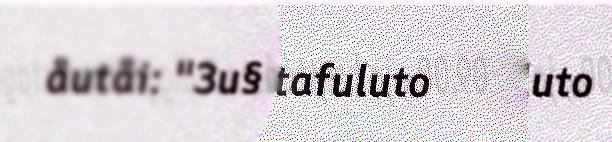
åutåi: "3u§ man matafuluto